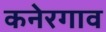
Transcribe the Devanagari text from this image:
कनेरगाव